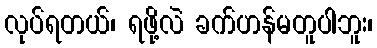
လုပ်ရတယ်၊ ရဖို့လဲ ခက်ဟန်မတူပါဘူး၊